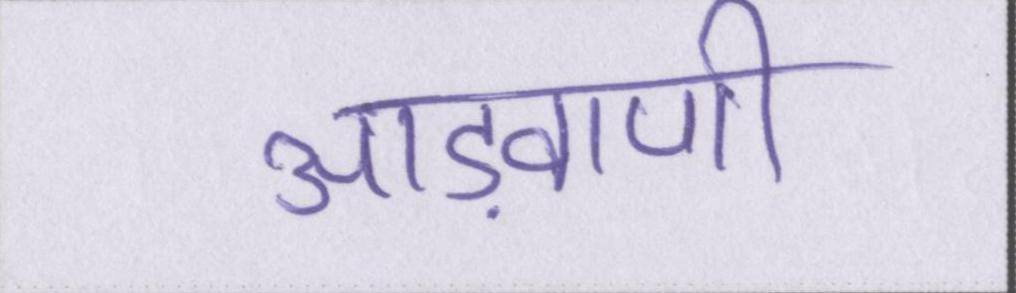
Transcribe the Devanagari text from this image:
आड़वाणी